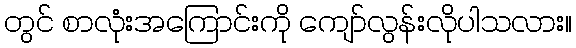
တွင် စာလုံးအကြောင်းကို ကျော်လွန်းလိုပါသလား။